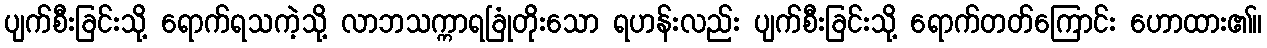
ပျက်စီးခြင်းသို့ ရောက်ရသကဲ့သို့ လာဘသက္ကာရခြုံတိုးသော ရဟန်းလည်း ပျက်စီးခြင်းသို့ ရောက်တတ်ကြောင်း ဟောထား၏။